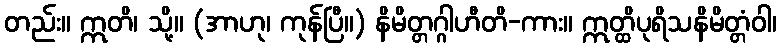
တည်း။ ဣတိ၊ သို့။ (အာဟု၊ ကုန်ပြီ။) နိမိတ္တဂ္ဂါဟီတိ-ကား။ ဣတ္ထိပုရိသနိမိတ္တံဝါ၊